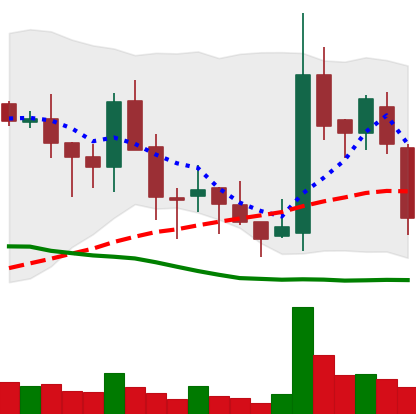
Ticker: BNB-USD
Chart end date: 2018-05-23
Forward return: -5.797%
Label: down_5_7